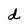
Character: d